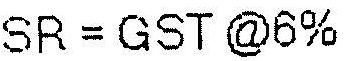
SR = GST @6%